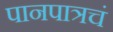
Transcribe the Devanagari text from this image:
पानपात्रचं